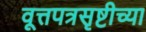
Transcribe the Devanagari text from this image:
वूत्तपत्रसृष्टीच्या